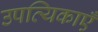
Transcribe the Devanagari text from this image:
उपत्यिकाएँ